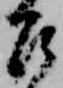
召